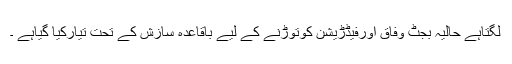
لگتاہے حالیہ بجٹ وفاق اورفیڈڑیشن کوتوڑنے کے لیے باقاعدہ سازش کے تحت تیارکیا گیاہے ۔